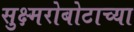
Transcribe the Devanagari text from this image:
सुक्ष्मरोबोटाच्या